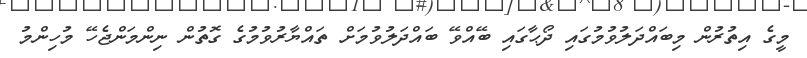
މީގެ އިތުރުން މިބައްދަލުވުމުގައި ދޯޙާގައި ބޭއްވޭ ބައްދަލުވުމަށް ތައްޔާރުވުމުގެ ގޮތުން ނިންމަންޖެހޭ މުހިންމު